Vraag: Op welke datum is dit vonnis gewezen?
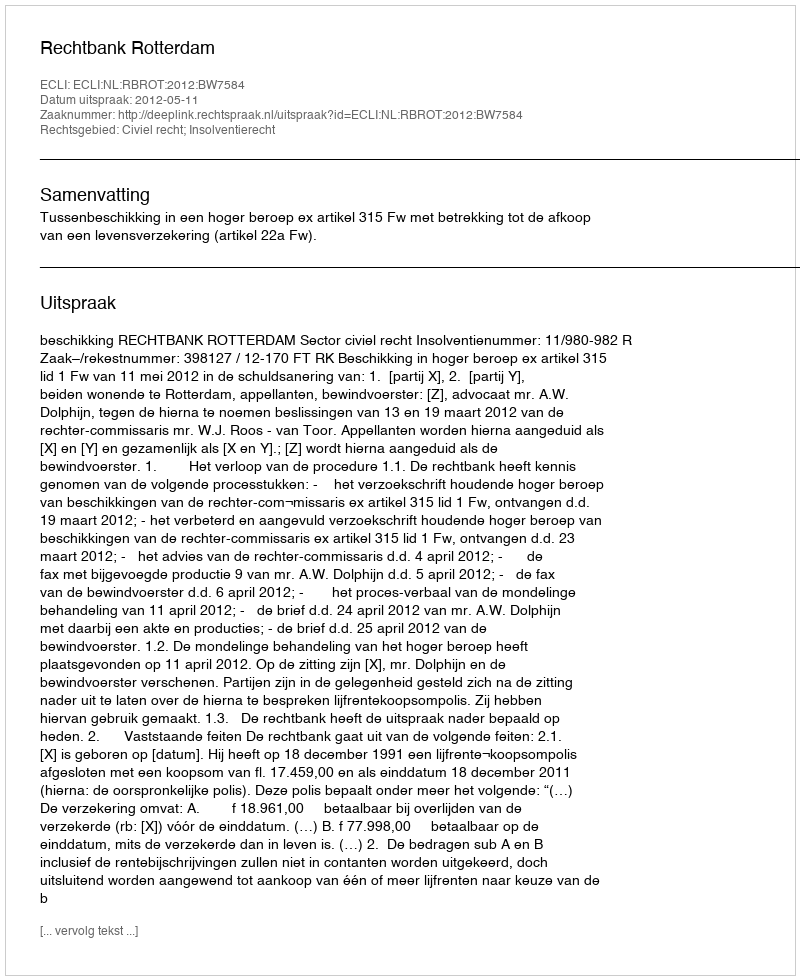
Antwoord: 2012-05-11